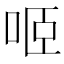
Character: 𠲬